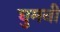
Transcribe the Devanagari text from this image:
घुमनी